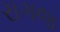
રાગજ